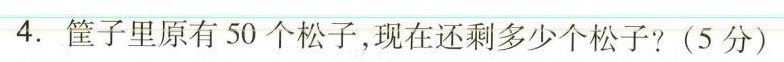
4.筐子里原有50个松子，现在还剩多少个松子?(5分)